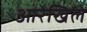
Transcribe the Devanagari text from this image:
आरेखिले